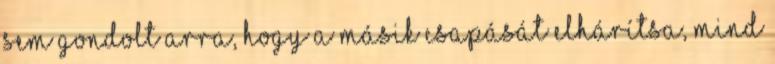
sem gondolt arra, hogy a másik csapását elhárítsa, mind